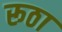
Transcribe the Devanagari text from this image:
रूठा